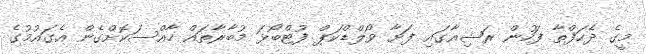
މީގެ ދެހަފްތާ ފަހުން ރަޝިއާގައި ފަށާ ވޯލްޑްކަޕް ފުޓްބޯޅަ މުބާރާތަައް ހާއްސަކޮށްގެން އެގައުމުގެ